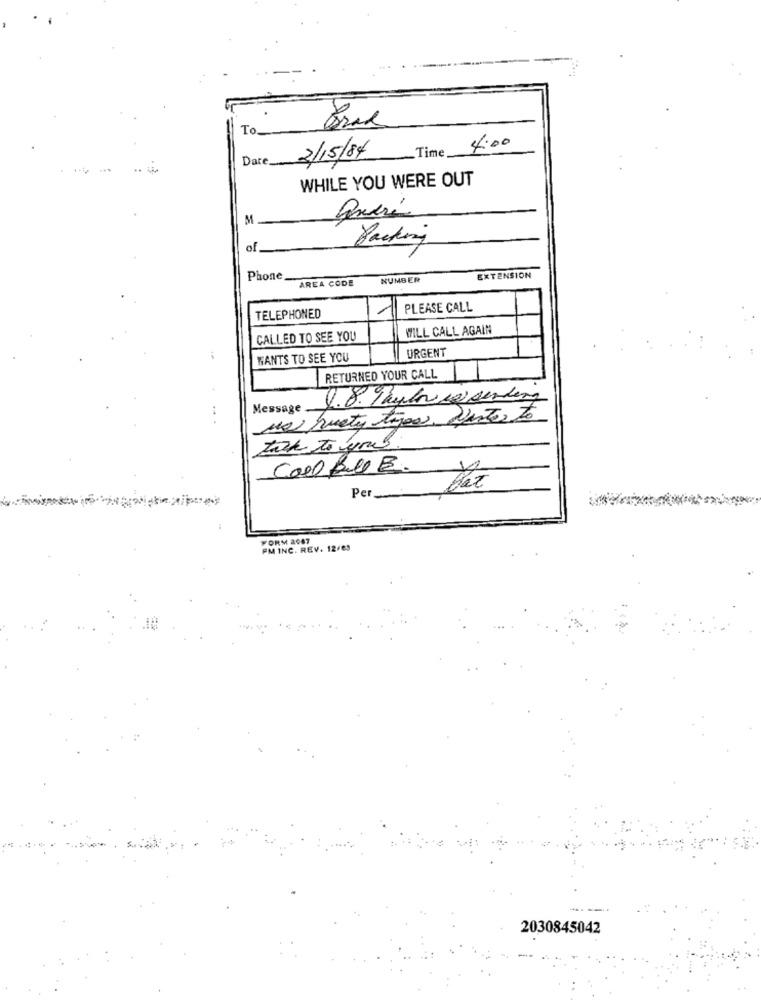
To.
_Time .
4:00
Date
2/15/84
WHILE YOU WERE OUT
of
Packing
Phone
AREA CODE
NUMBER
EXTENSION
PLEASE CALL
TELEPHONED
1
WILL CALL AGAIN
CALLED TO SEE YOU
URGENT
WANTS TO SEE YOU
RETURNED YOUR CALL
Message .
us quety typos. Nantes to
tak to you.
Call Ble E.
Per_
FORM 2007
PM INC. REV. 12/05
--
2030845042